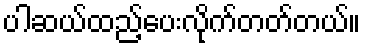
ပါဆယ်ထည့်ပေးလိုက်တတ်တယ်။